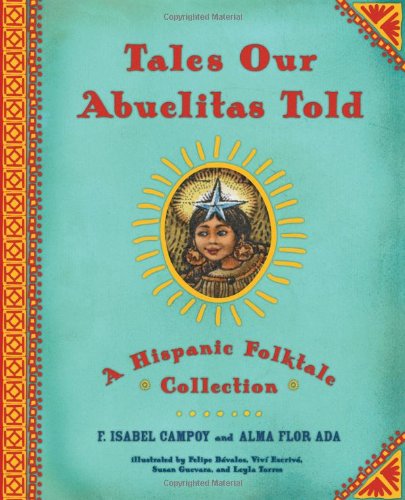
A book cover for Cuentos que contaban nuestras abuelas (Tales Our Abuelitas Told): Cuentos populares HispÃ¡nicos (Spanish Edition); Alma Flor Ada; Children's Books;